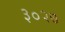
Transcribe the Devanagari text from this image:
३०२७